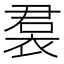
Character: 裠